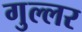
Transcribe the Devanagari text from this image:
गुल्लर